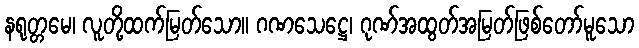
နရုတ္တမေ၊ လူတို့ထက်မြတ်သော။ ဂဏသေဋ္ဌေ၊ ဂုဏ်အထွတ်အမြတ်ဖြစ်တော်မူသော